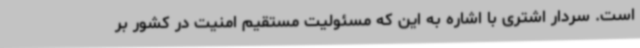
است. سردار اشتری با اشاره به این که مسئولیت مستقیم امنیت در کشور بر